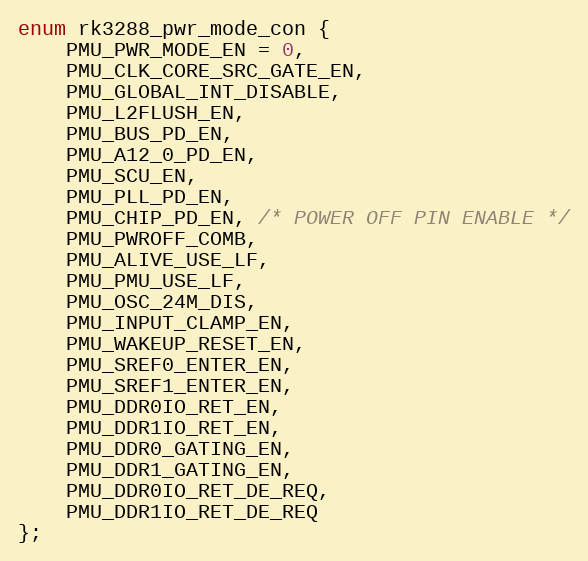
Language: C
enum rk3288_pwr_mode_con {
	PMU_PWR_MODE_EN = 0,
	PMU_CLK_CORE_SRC_GATE_EN,
	PMU_GLOBAL_INT_DISABLE,
	PMU_L2FLUSH_EN,
	PMU_BUS_PD_EN,
	PMU_A12_0_PD_EN,
	PMU_SCU_EN,
	PMU_PLL_PD_EN,
	PMU_CHIP_PD_EN, /* POWER OFF PIN ENABLE */
	PMU_PWROFF_COMB,
	PMU_ALIVE_USE_LF,
	PMU_PMU_USE_LF,
	PMU_OSC_24M_DIS,
	PMU_INPUT_CLAMP_EN,
	PMU_WAKEUP_RESET_EN,
	PMU_SREF0_ENTER_EN,
	PMU_SREF1_ENTER_EN,
	PMU_DDR0IO_RET_EN,
	PMU_DDR1IO_RET_EN,
	PMU_DDR0_GATING_EN,
	PMU_DDR1_GATING_EN,
	PMU_DDR0IO_RET_DE_REQ,
	PMU_DDR1IO_RET_DE_REQ
};